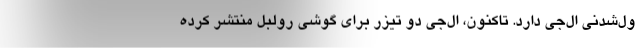
ول‌شدنی ال‌جی دارد. تاکنون، ال‌جی دو تیزر برای گوشی رولبل منتشر کرده